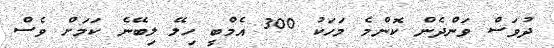
ދުވަސް ވަންދެން ކޮންމެ މަހަކު 300 އެމްބީ ހިލޭ ލިބޭނެ ކަމަށް ވެސް